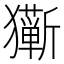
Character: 𰡩